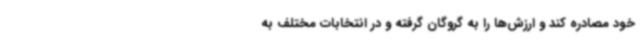
خود مصادره کند و ارزش‌ها را به گروگان گرفته و در انتخابات مختلف به